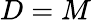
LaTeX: D=M